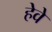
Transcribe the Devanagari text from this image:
हेवे